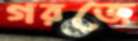
গরজে